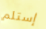
إستلم